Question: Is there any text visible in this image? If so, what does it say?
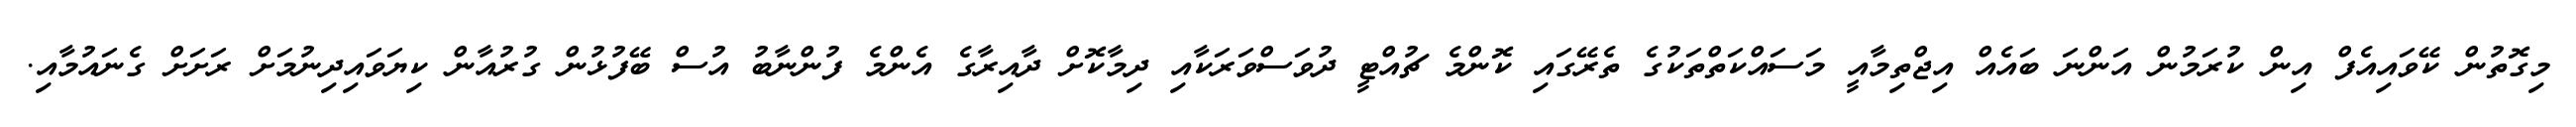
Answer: މިގޮތުން ކޭވައިއެފް އިން ކުރަމުން އަންނަ ބައެއް އިޖްތިމާއީ މަސައްކަތްތަކުގެ ތެރޭގައި ކޮންމެ ޗުއްޓީ ދުވަސްވަރަކާއި ދިމާކޮށް ދާއިރާގެ އެންމެ ފުންނާބު އުސް ބޭފުޅުން ގުރުއާން ކިޔަވައިދިނުމަށް ރަށަށް ގެނައުމާއި.